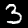
Label: 3